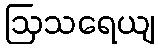
ဩသရေယျ